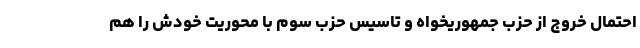
احتمال خروج از حزب جمهوریخواه و تاسیس حزب سوم با محوریت خودش را هم